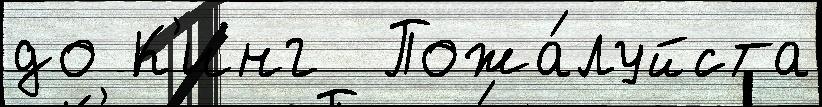
до К'инг  Пожа́луйста